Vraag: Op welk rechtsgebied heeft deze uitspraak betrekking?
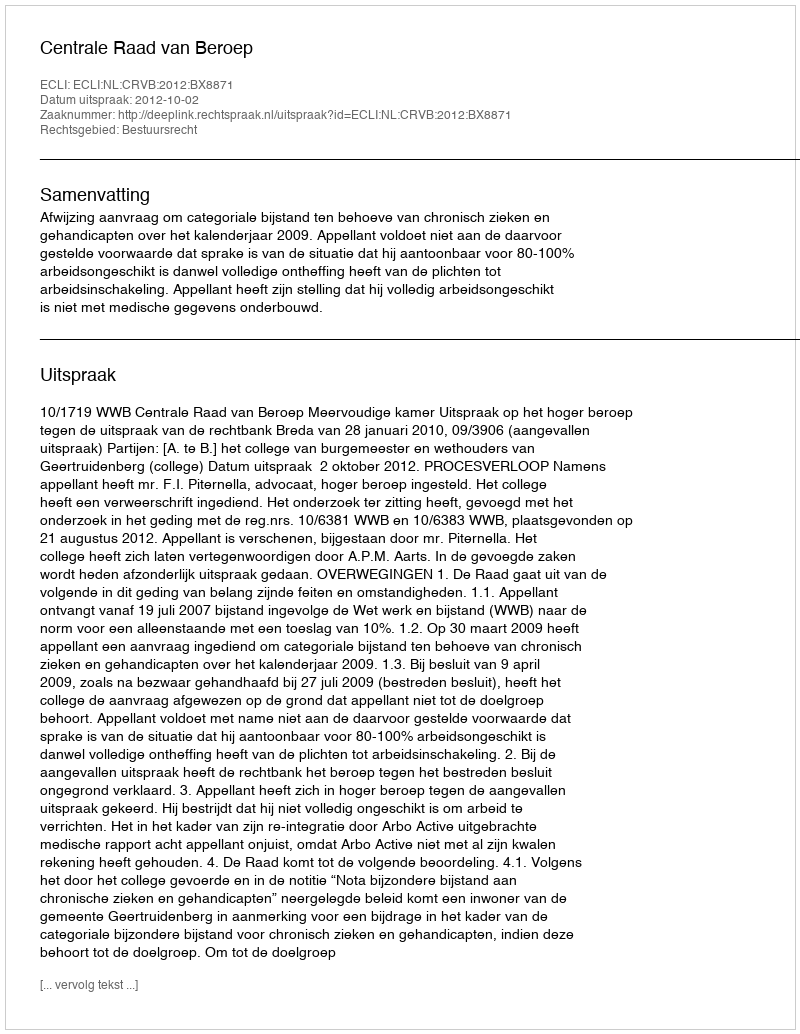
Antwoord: Bestuursrecht